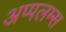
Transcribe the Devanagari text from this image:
अप्पलम्स